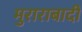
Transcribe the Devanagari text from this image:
मुराराबादी